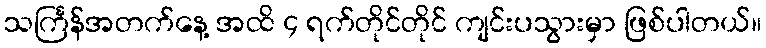
သင်္ကြန်အတက်နေ့ အထိ ၄ ရက်တိုင်တိုင် ကျင်းပသွားမှာ ဖြစ်ပါတယ်။